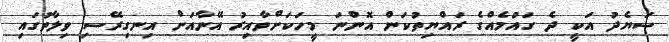
ސަޔެދު އަކީ ދެ ގައުމެއްގެ ރައްޔިތުކަން އޮންނަ މީހަކަށްވާއިރު އޭނާއަށް އިނގިރޭސި ވިލާތުގައި